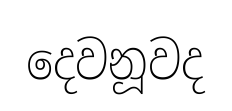
දෙවනූවද